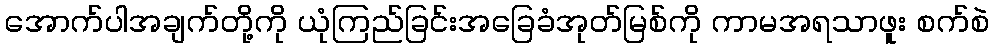
အောက်ပါအချက်တို့ကို ယုံကြည်ခြင်းအခြေခံအုတ်မြစ်ကို ကာမအရသာဖူး စက်စဲ